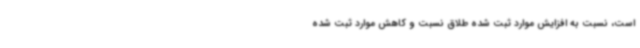
است، نسبت به افزایش موارد ثبت شده طلاق نسبت و کاهش موارد ثبت شده